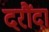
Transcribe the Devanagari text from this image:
दरौंदा